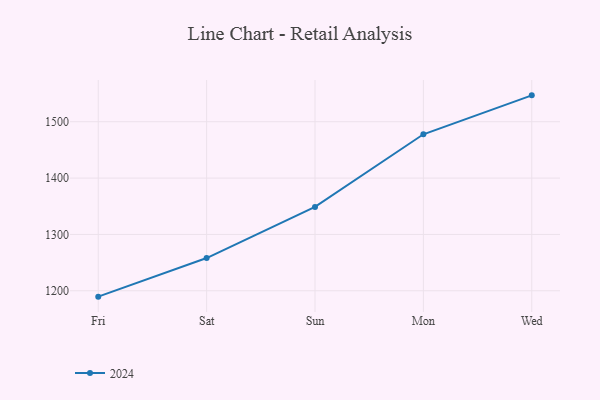
{"axis": {"x": "Day", "y": "Energy Usage (MWh)"}, "legend": ["2024"], "data": [{"x": "Fri", "y": 1189.6, "type": "2024"}, {"x": "Sat", "y": 1258.1, "type": "2024"}, {"x": "Sun", "y": 1348.9, "type": "2024"}, {"x": "Mon", "y": 1477.7, "type": "2024"}, {"x": "Wed", "y": 1546.8, "type": "2024"}]}